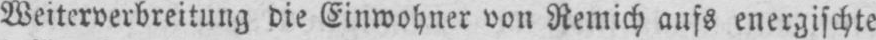
Weiterverbreitung die Einwohner von Remich aufs energischte